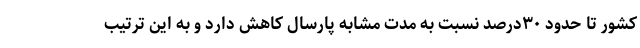
کشور تا حدود ۳۰درصد نسبت به مدت مشابه پارسال کاهش دارد و به این ترتیب